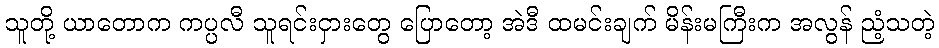
သူတို့ ယာတောက ကပ္ပလီ သူရင်းငှားတွေ ပြောတော့ အဲဒီ ထမင်းချက် မိန်းမကြီးက အလွန် ညံ့သတဲ့